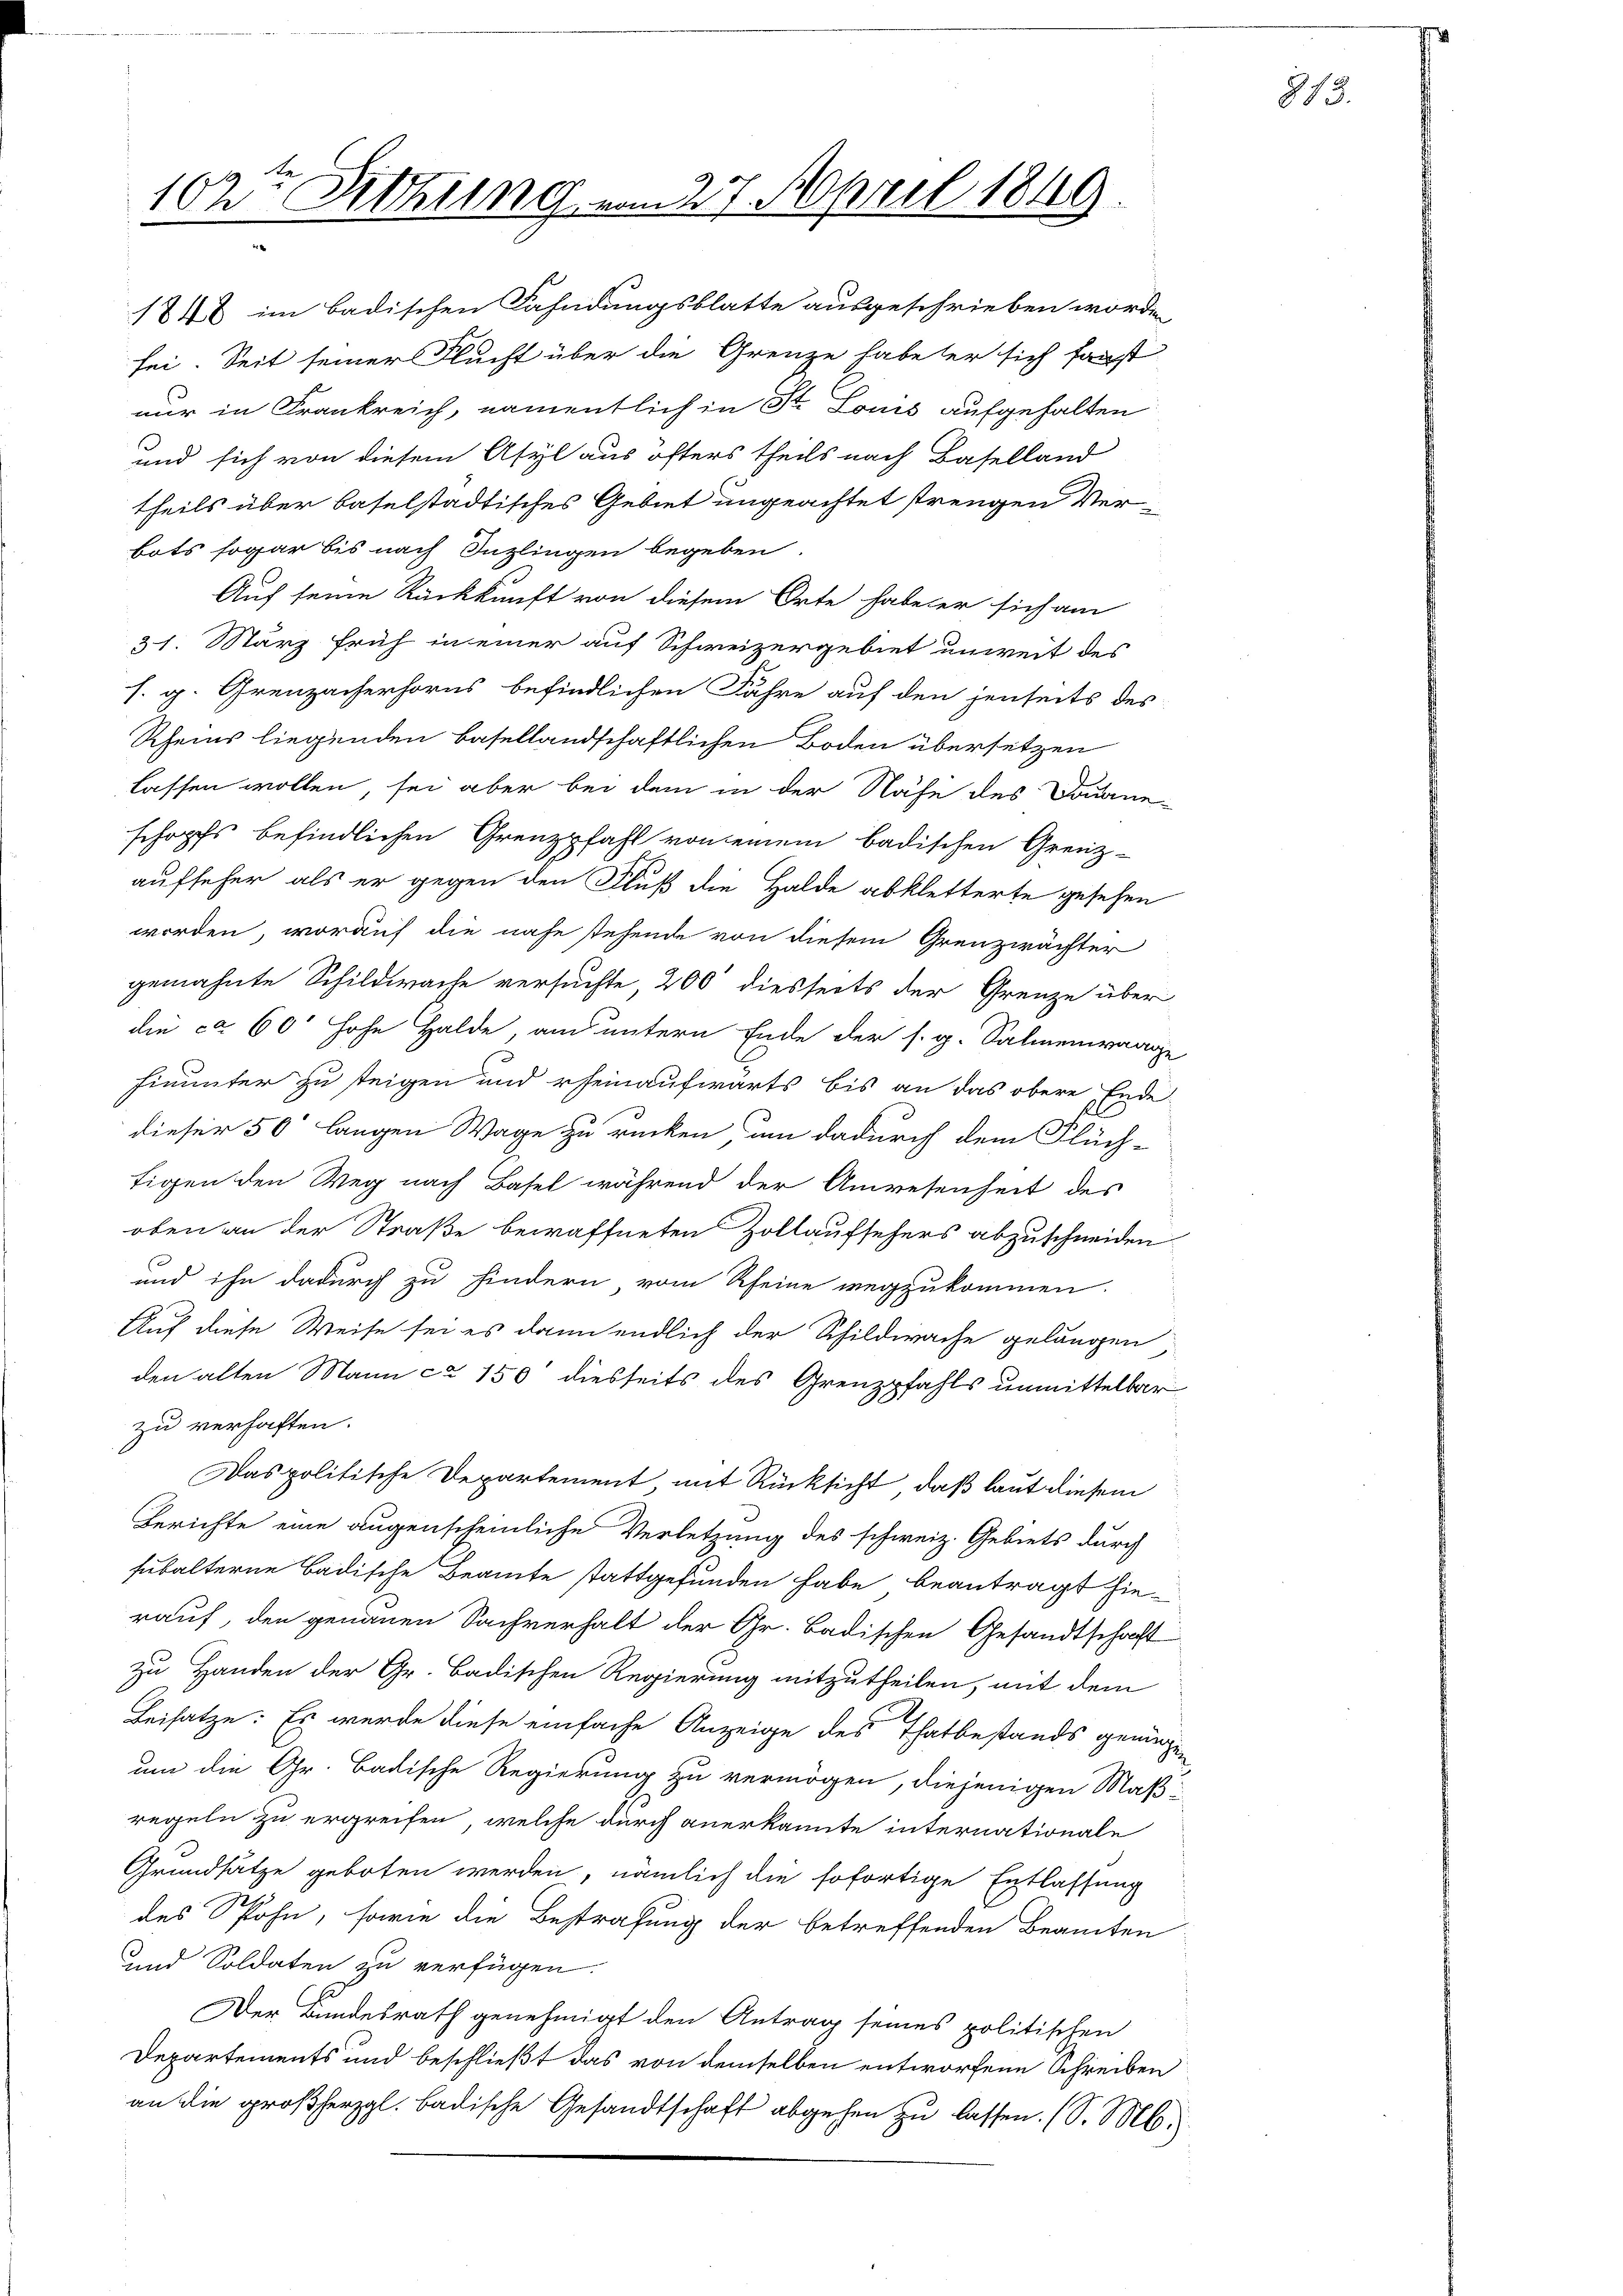
102te Sitzung vom 27. April 1849.

1848 im badischen Fahndungsblatte ausgeschrieben worden
sei. Seit seiner Flucht über die Grenze habe er sich sanst
nur in Frankreich, namentlich in St. Louis aufgehalten
3
und sich von diesem Asyl aus öfters theils nach Baselland
theils über baselstädtisches Gebiet ungeachtet strengen Verbots sogar bis nach Inzlingen begeben.
Auf seine Rückkunft von diesem Orte habe er sich am
31. Stärz früh in einer auf Schweizergebiet unweit des
s. g. Greuzacherhorns befindlichen Fahre auf den jenseits des
Rheins liegenden Basellandschaftlichen Boden übersetzen
lassen wollen, sei aber bei dem in der Nähe des Douane-
schopfs befindlichen Grenzpfahl von einem badischen Grenz-
aufseher als er gegen den Fluß die Halde abkletterte gesehen
worden, worauf die nahe stehende von diesem Grenzwächter
gemahnte Schildwache versuchte, 200 diesseits der Grenze über
die ca 60 hohe Halde, am untern Ende der s. g. Salmenwaage
finunter zu steigen und rheinaufwärts bis an das obere Ende
dieser 50' langen Wage zu rücken, um dadurch dem Flüch-
tigen den Weg nach Basel während der Anwesenheit des
oben an der Straße bewaffneten Zollaufsehers abzuschneiden
und ihn dadurch zu hindern vom Rheine wegzukommen.
Auf diese Weise sei es dann endlich der Schildwache gelangen
den alten Mann ca 150 diesseits des Grenzpfahls unmittelbar
zu verhaften.
Das politische Departement, mit Rücksicht, daß laut diesem
Berichte eine augenscheinliche Verletzung des schweiz. Gebiets durch
subalterne badische Beamte stattgefunden habe beantragt hierauf, den genauen Sachverhalt der Gr. Badischen Gesandtschaft
zu Handen der Gr. Badischen Regierung mitzutheilen, mit dem
Beisatze: Es wurde diese einfache Anzeige des Thatbestands genüge
um die Gr. Badische Regierung zu vermögen, diejenigen Maßregeln zu ergreifen, welche durch anerkannte internationale
Grundsätze geboten werden, nämlich die sofortige Entlassung
des Spöhn, sowie die Bestrafung der betreffenden Beamten
und Soldaten zu verfügen
Der Bundesrath genehmigt den Antrag seines politischen
Departements und beschließt das von demselben entworfene Schreiben
an die großherzgl. badische Gesandtschaft abgehen zŭ lassen. (S. M.

213.